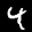
Label: 4